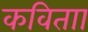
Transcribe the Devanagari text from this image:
कविताा